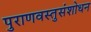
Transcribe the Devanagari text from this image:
पुराणवस्तुसंशोधन